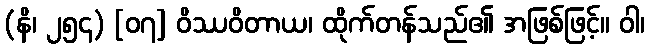
(နိ၊ ၂၅၄) [၀၇] ဝိဿဝိတာယ၊ ထိုက်တန်သည်၏ အဖြစ်ဖြင့်။ ဝါ၊